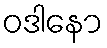
ဝဒါနော